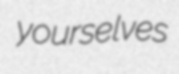
yourselves